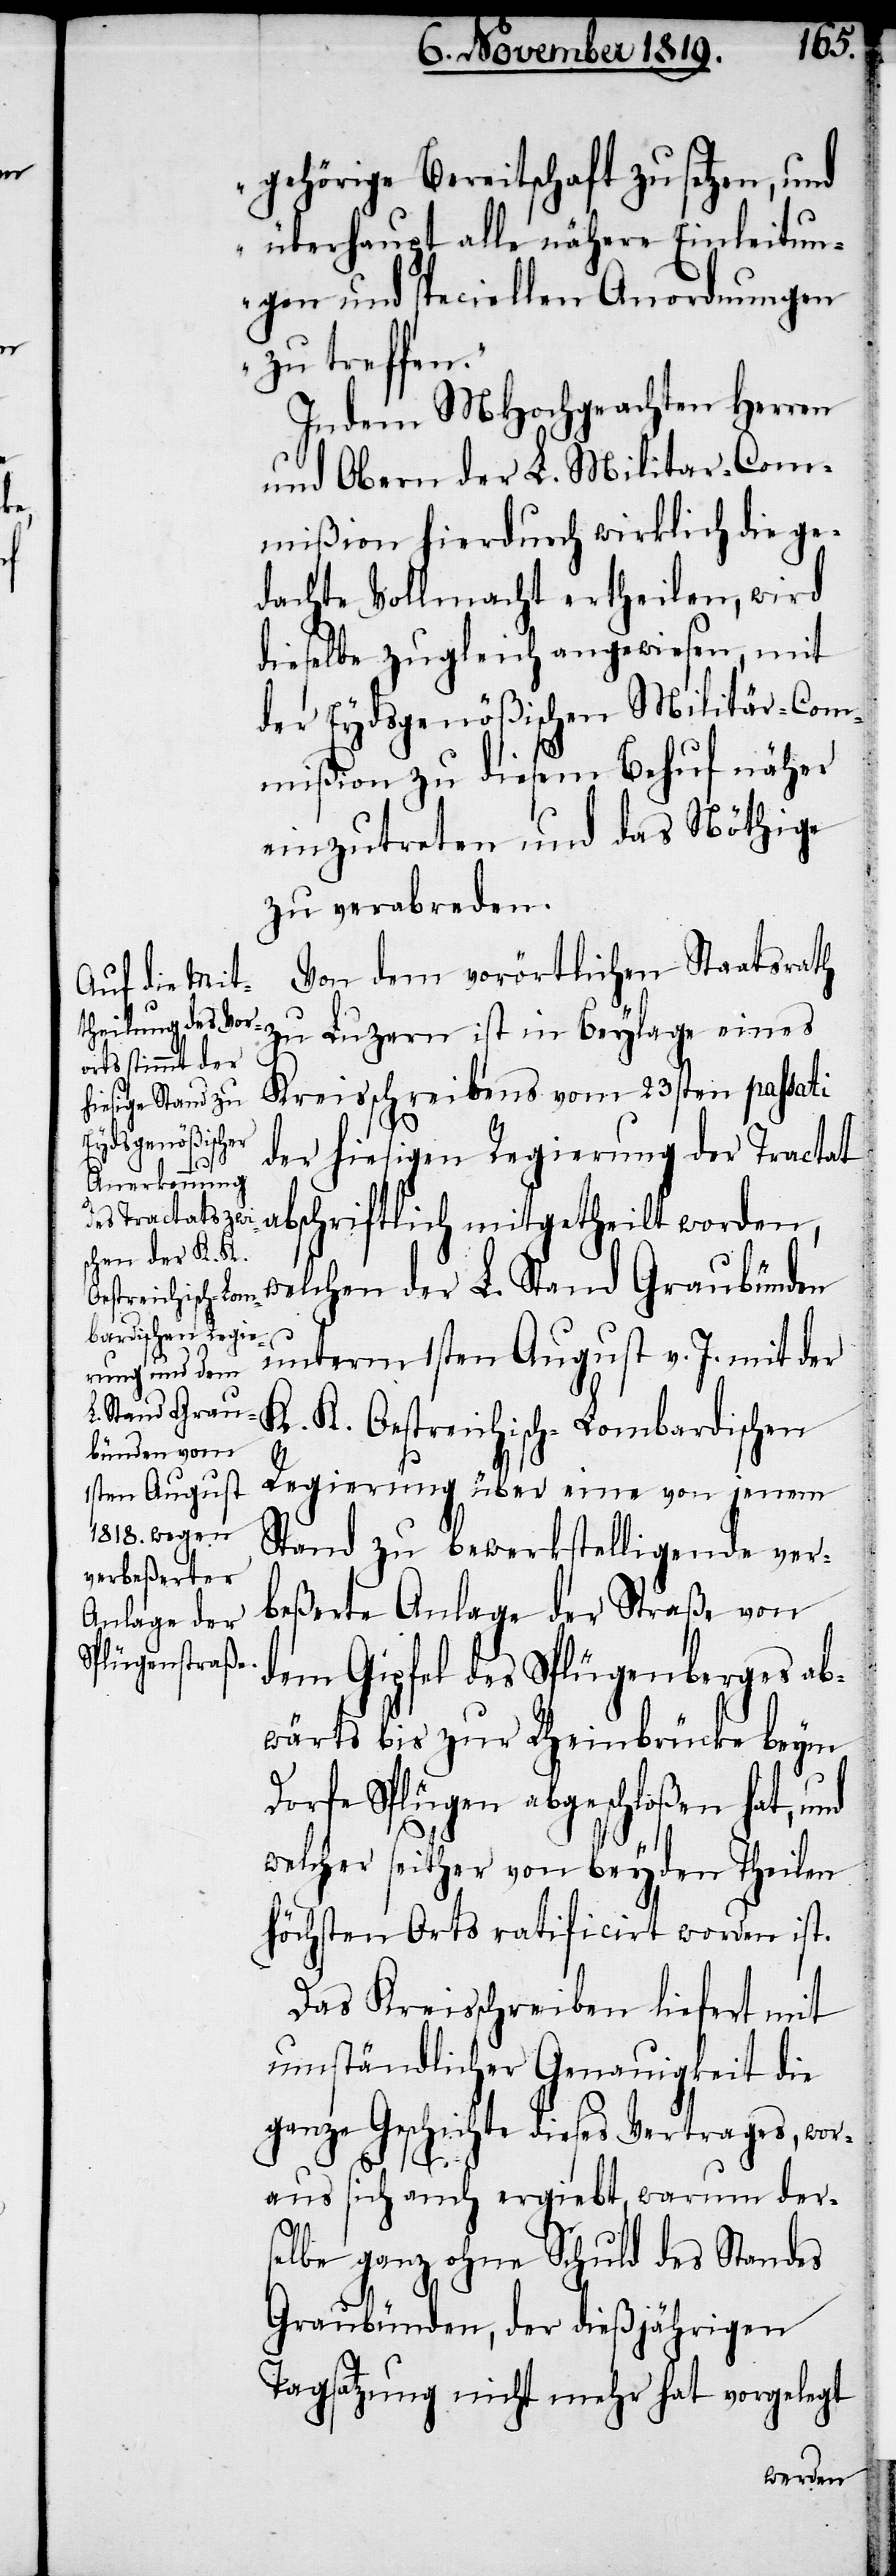
gehörige Bereitschaft zu setzen, und
überhaupt alle nähere Einleitun¬
gen und speciellen Anordnungen
zu treffen.“
Indem MHochgeachten Herren
und Obern der L. Militar-Com¬
mißion hierdurch wirklich die ge¬
dachte Vollmacht ertheilen, wird
dieselbe zugleich angewiesen, mit
der Eydsgenößischen Militär-Com¬
mißion zu diesem Behuf näher
einzutreten und das Nöthige
zu verabreden.
Von dem vorörtlichen Staatsrath
Kreisschreibens vom 23sten passati
der hiesigen Regierung der Tractat
abschriftlich mitgetheilt worden,
welchen der L. Stand Graubünden
unterm 1sten August v. J. mit der
K. K. Oestreichisch-Lombardischen
Regierung über eine von jenem
Stand zu bewerkstelligende ver¬
beßerte Anlage der Straße von
dem Gipfel des Splügenberges ab¬
wärts bis zur Theinbrücke beym
Dorfe Splügen abgeschloßen hat, und
welcher seither von beyden Theilen
höchsten Orts ratificirt worden ist.
Das Kreisschreiben liefert mit
umständlicher Genauigkeit die
ganze Geschichte dieses Vertrages, wor¬
aus sich auch ergiebt, warum ders¬
elbe ganz ohne Schuld des Standes
Graubünden, der dießjährigen
Tagsatzung nicht mehr hat vorgelegt